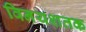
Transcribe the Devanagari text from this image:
विनयशतक